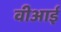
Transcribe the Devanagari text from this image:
वीआई